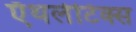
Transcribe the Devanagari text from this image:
ऍथलेटिक्स